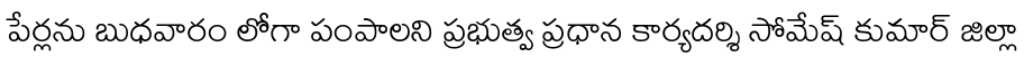
పేర్లను బుధవారం లోగా పంపాలని ప్రభుత్వ ప్రధాన కార్యదర్శి సోమేష్ కుమార్ జిల్లా